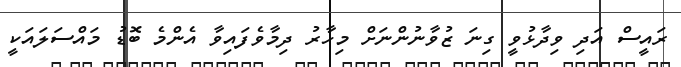
ރައީސް އަދި ވިދާޅުވީ ގިނަ ޒުވާނުންނަށް މިހާރު ދިމާވެފައިވާ އެންމެ ބޮޑު މައްސަލައަކީ